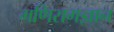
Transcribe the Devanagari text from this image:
मणिरागज्ञान